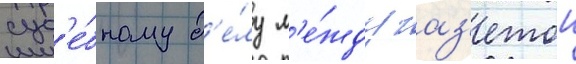
суд'е́бному д'е́лу м'е́жду газ'етои